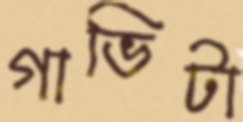
গাভিটা